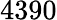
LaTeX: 4390